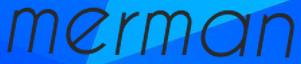
merman